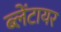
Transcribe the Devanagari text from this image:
ब्लेंटायर